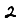
Digit: 2